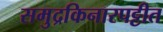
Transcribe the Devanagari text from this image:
समुद्रकिनारपट्टीत